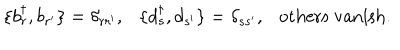
\{ b _ { r } ^ { \dagger } , b _ { r ^ { \prime } } \} = \delta _ { r r ^ { \prime } } , \{ d _ { s } ^ { \dagger } , d _ { s ^ { \prime } } \} = \delta _ { s s ^ { \prime } } , \mathrm { o t h e r s ~ v a n i s h } .